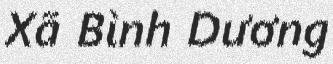
Xã Bình Dương